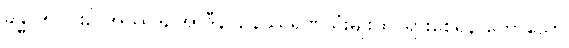
ခန္ဓာ ၅-ပါး၌ အဿဒ, အာဒီနဝ, နိဿရဏသုံးမျိုးထင်ရှားစေရန် ဟောသော